Annual report on the health of the army in India
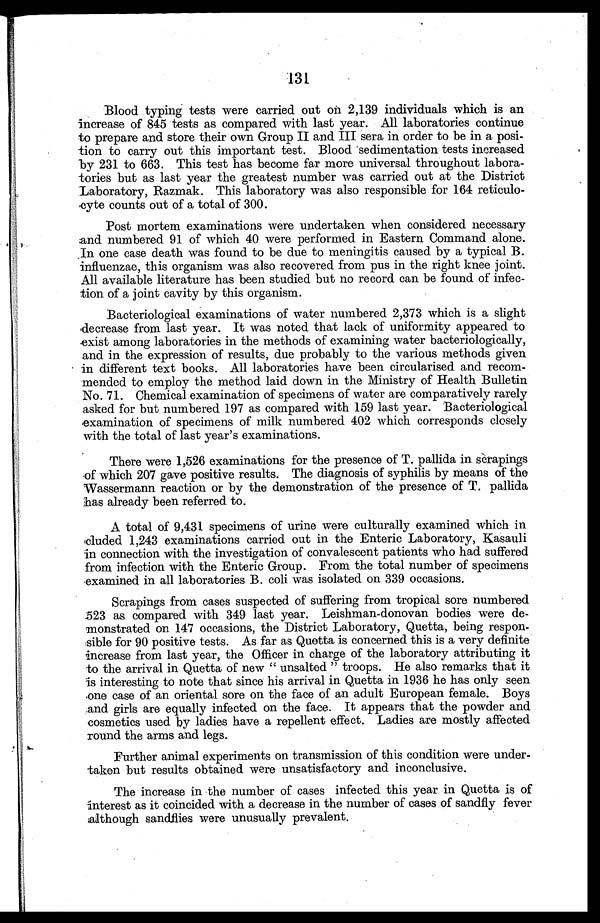
131
Blood typing tests were carried out on 2,139 individuals which is an
increase of 845 tests as compared with last year. All laboratories continue
to prepare and store their own Group II and III sera in order to be in a posi
- t i o n t o c a r r y o u t t h i s i m p o r t a n t t e s t . B l o o d s e d i m e n t a t i o n t e s t s i n c r e a s e d
by 231 to 663. This test has become far more universal throughout labora
- t o r i e s b u t a s l a s t y e a r t h e g r e a t e s t n u m b e r w a s c a r r i e d o u t a t t h e D i s t r i c t
Laboratory, Razmak. This laboratory was also responsible for 164 reticulo
-cyte counts out of a total of 300.
Post mortem examinations were undertaken when considered necessary
a n d n u m b e r e d 9 1 o f w h i c h 4 0 w e r e p e r f o r m e d i n E a s t e r n C o m m a n d a l o n e .
In one case death was found to be due to meningitis caused by a typical B.
influenzae, this organism was also recovered from pus in the right knee joint.
All available literature has been studied but no record can be found of infec
- t i o n o f a j o i n t c a v i t y b y t h i s o r g a n i s m .
Bacteriological examinations of water numbered 2,373 which is a slight
d e c r e a s e f r o m l a s t y e a r . I t w a s n o t e d t h a t l a c k o f u n i f o r m i t y a p p e a r e d t o
e x i s t a m o n g l a b o r a t o r i e s i n t h e m e t h o d s o f e x a m i n i n g w a t e r b a c t e r i o l o g i c a l l y ,
and in the expression of results, due probably to the various methods given
in different text books. All laboratories have been circularised and recom
- m e n d e d t o e m p l o y t h e m e t h o d l a i d d o w n i n t h e M i n i s t r y o f H e a l t h B u l l e t i n
No. 71. Chemical examination of specimens of water are comparatively rarely
asked for but numbered 197 as compared with 159 last year. Bacteriological
examination of specimens of milk numbered 402 which corresponds closely
with the total of last year's examinations.
There were 1,526 examinations for the presence of T. pallida in scrapings
of which 207 gave positive results. The diagnosis of syphilis by means of the
Wassermann reaction or by the demonstration of the presence of T. pallida
has already been referred to.
A total of 9,431 specimens of urine were culturally examined which in
cluded 1,243 examinations carried out in the Enteric Laboratory, Kasauli
in connection with the investigation of convalescent patients who had suffered
from infection with the Enteric Group. From the total number of specimens
examined in all laboratories B. coli was isolated on 339 occasions.
Scrapings from cases suspected of suffering from tropical sore numbered
523 as compared with 349 last year. Leishman-donovan bodies were de
-monstrated on 147 occasions, the District Laboratory, Quetta, being respon
-sible for 90 positive tests. As far as Quetta is concerned this is a very definite
increase from last year, the Officer in charge of the laboratory attributing it
to the arrival in Quetta of new "unsalted" troops. He also remarks that it
is interesting to note that since his arrival in Quetta in 1936 he has only seen
one case of an oriental sore on the face of an adult European female. Boys
and girls are equally infected on the face. It appears that the powder and
cosmetics used by ladies have a repellent effect. Ladies are mostly affected
round the arms and legs.
Further animal experiments on transmission of this condition were under
- t a k e n b u t r e s u l t s o b t a i n e d w e r e u n s a t i s f a c t o r y a n d i n c o n c l u s i v e .
The increase in the number of cases infected this year in Quetta is of
interest as it coincided with a decrease in the number of cases of sandfly fever
although sandflies were unusually prevalent.